Annual report of the Imperial Bacteriologist
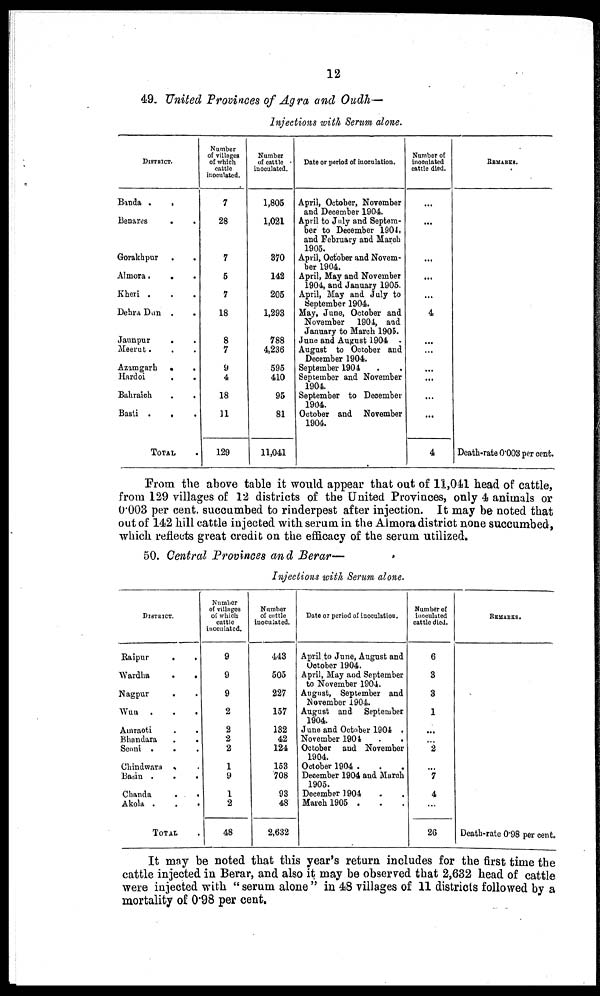
12
49 United Provinces of Agra and Oudh—
Injections with Serum alone.
DISTRICT.
Banda .
.
Benares
.
.
Gorakhpur .
.
Almora.
. .
Kheri . . .
Dehra Dun . .
Jaunpur
. .
Meerut. . .
Azamgarh .
.
Hardoi
.
.
Bahraich . .
Basti . . .
TOTAL
Number
of villages
of which
cattle
inoculated.
7
28
7
5
7
18
8
7
9
4
18
11
129
Number
of cattle
inoculated.
1,805
1,021
370
142
205
1,293
788
4,236
595
410
95
81
11,041
Date or period of inoculation.
April, October, November
and December 1904.
April to July and Septem-
ber to December 1904,
and February and March
1905.
April, October and Novem-
ber 1904.
April, May and November
1904, and January 1905.
April, May and July to
September 1904.
May, June, October and
November 1904, and
January to March 1905.
June and August 1904
August to October and
December 1904.
September 1904 . .
September and November
1904.
September to December
1904.
October and November
1904.
Number of
inoculated
cattle died.
...
...
...
...
4
...
...
...
...
...
...
4
REMARKS.
Death-rate 0.003 per cent.
From the above table it would appear that out of 11,041 head of cattle,
from 129 villages of 12 districts of the United Provinces, only 4 animals or
0.003 per cent. succumbed to rinderpest after injection. It may be noted that
out of 142 hill cattle injected with serum in the Almora district none succumbed,
which reflects great credit on the efficacy of the serum utilized.
50. Central Provinces and Berar—
Injections with Serum alone.
DISTRICT.
Raipur
.
.
Wardha
.
.
Nagpur . .
Wun .
.
.
Amraoti
Bhandara
.
.
Seoni . . .
Chindwara . .
Basin . . .
Chanda
.
.
Akola .
.
.
TOTAL
Number
of villages
of which
cattle
inoculated.
9
9
9
2
2
2
2
1
9
1
2
48
Number
of cattle
inoculated.
443
505
227
157
132
42
124
153
708
93
48
2,632
Date or period of inoculation.
April to June, August and
October 1904.
April, May and September
to November 1904.
August, September and
November 1904.
August and September
1904.
June and October 1904 .
November 1904
.
.
October and November
1904.
October 1904 . . .
December 1904 and March
1905.
December 1904
March 1905 .
Number of
inoculated
cattle died.
6
3
3
1
...
2
...
7
4
...
26
REMARKS.
Death-rate 0.98 per cent.
It may be noted that this year's return includes for the first time the
cattle injected in Berar, and also it may be observed that 2,632 head of cattle
were injected with "serum alone" in 48 villages of 11 districts followed by a
mortality of 0.98 per cent.